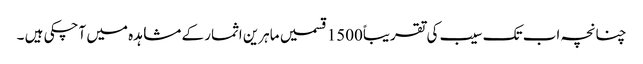
چنانچہ اب تک سیب کی تقریباً1500قسمیں ماہرین اثمار کے مشاہدہ میں آچکی ہیں ۔